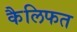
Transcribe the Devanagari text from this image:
कैलिफत